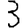
Digit: 3